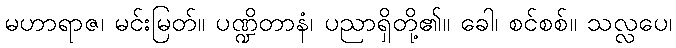
မဟာရာဇ၊ မင်းမြတ်။ ပဏ္ဍိတာနံ၊ ပညာရှိတို့၏။ ခေါ၊ စင်စစ်။ သလ္လပေ၊